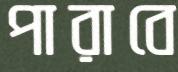
পারাবে